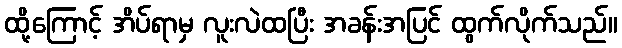
ထို့ကြောင့် အိပ်ရာမှ လူးလဲထပြီး အခန်းအပြင် ထွက်လိုက်သည်။